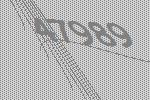
47989